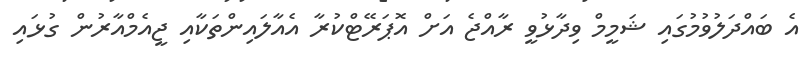
އެ ބައްދަލުވުމުގައި ޝަމީމް ވިދާޅުވީ ރާއްޖެ އަށް އޮޕަރޭޓްކުރާ އެއާލައިންތަކާއި ޖީއެމްއާރުން ގުޅައި